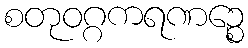
စတုဝဂ္ဂကရဏဉ္စေ